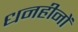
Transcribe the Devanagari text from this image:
धनहीनों